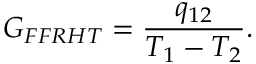
G _ { F F R H T } = \frac { q _ { 1 2 } } { T _ { 1 } - T _ { 2 } } { . }